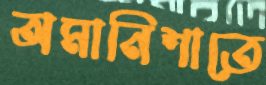
অমানিশাতে